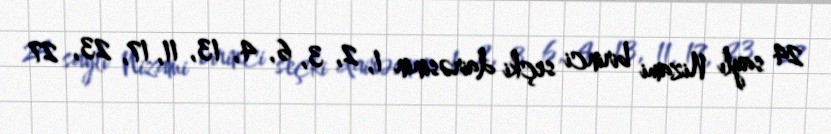
24 saylı Nizami birinci seçki dairəsinin 1, 2, 3, 6, 4, 13, 11, 17, 23, 27